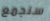
سنجمع